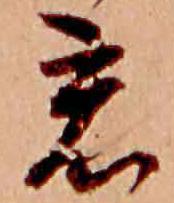
君